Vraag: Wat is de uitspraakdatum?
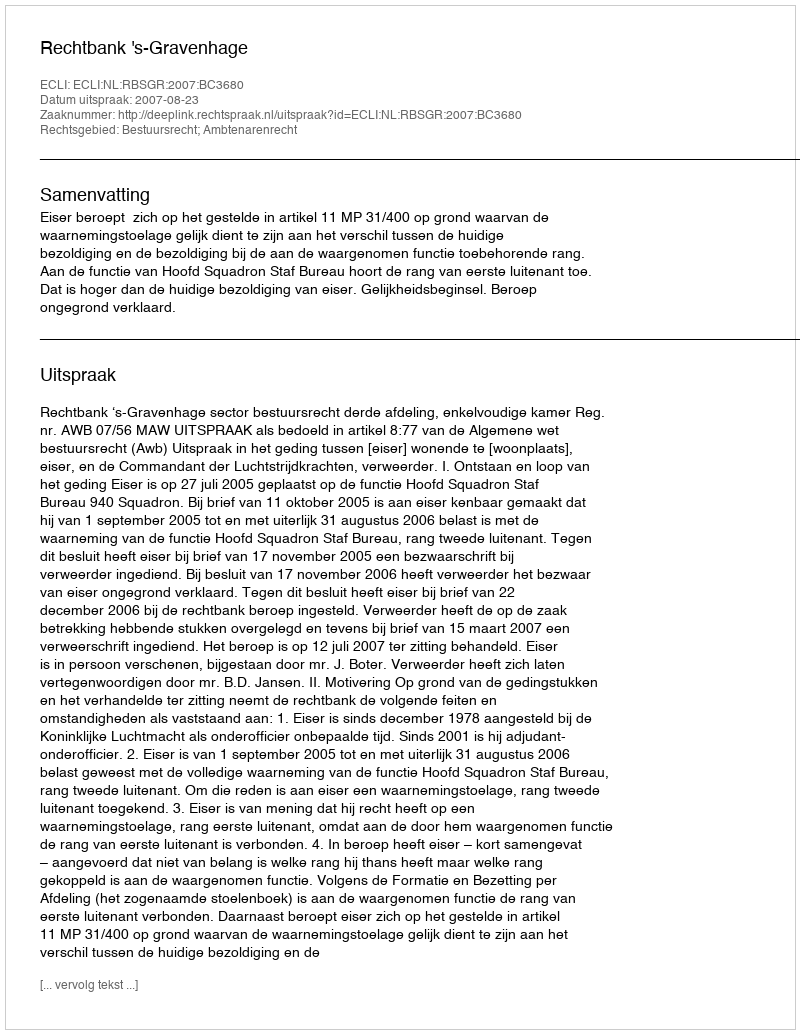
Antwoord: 2007-08-23